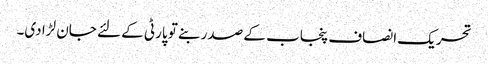
تحریک انصاف پنجاب کے صدر بنے تو پارٹی کے لئے جان لڑا دی۔